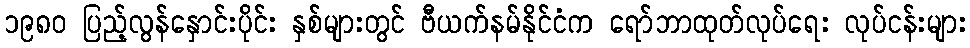
၁၉၈၀ ပြည့်လွန်နှောင်းပိုင်း နှစ်များတွင် ဗီယက်နမ်နိုင်ငံက ရော်ဘာထုတ်လုပ်ရေး လုပ်ငန်းများ